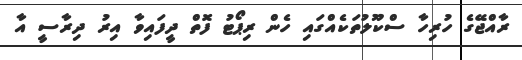
ރާއްޖޭގެ ހުރިހާ ސްކޫލުތަކެއްގައި ހެން ރިޕޯޓު ފޮތް ދީފައިވާ އިރު ދިރާސީ އާ